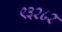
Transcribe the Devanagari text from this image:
९३२८२